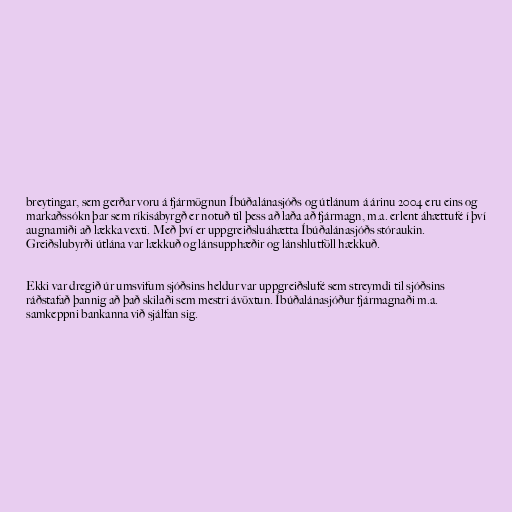
breytingar, sem gerðar voru á fjármögnun Íbúðalánasjóðs og útlánum á árinu 2004 eru eins og
markaðssókn þar sem ríkisábyrgð er notuð til þess að laða að fjármagn, m.a. erlent áhættufé í því
augnamiði að lækka vexti. Með því er uppgreiðsluáhætta Íbúðalánasjóðs stóraukin.
Greiðslubyrði útlána var lækkuð og lánsupphæðir og lánshlutföll hækkuð.

Ekki var dregið úr umsvifum sjóðsins heldur var uppgreiðslufé sem streymdi til sjóðsins
ráðstafað þannig að það skilaði sem mestri ávöxtun. Íbúðalánasjóður fjármagnaði m.a.
samkeppni bankanna við sjálfan sig.